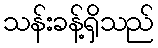
သန်းခန့်ရှိသည်